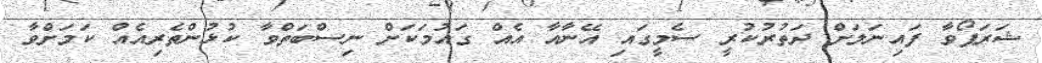
ޝަރަޕޯވާ ފައިނަލަށް ދަތުުރުކުރީ ސެމީގައި އޭނާއާ އެއް ގައުމަަކަށް ނިސްބަތްވާ ކުޅުންތެރިއެއް ކަމަށްވާ